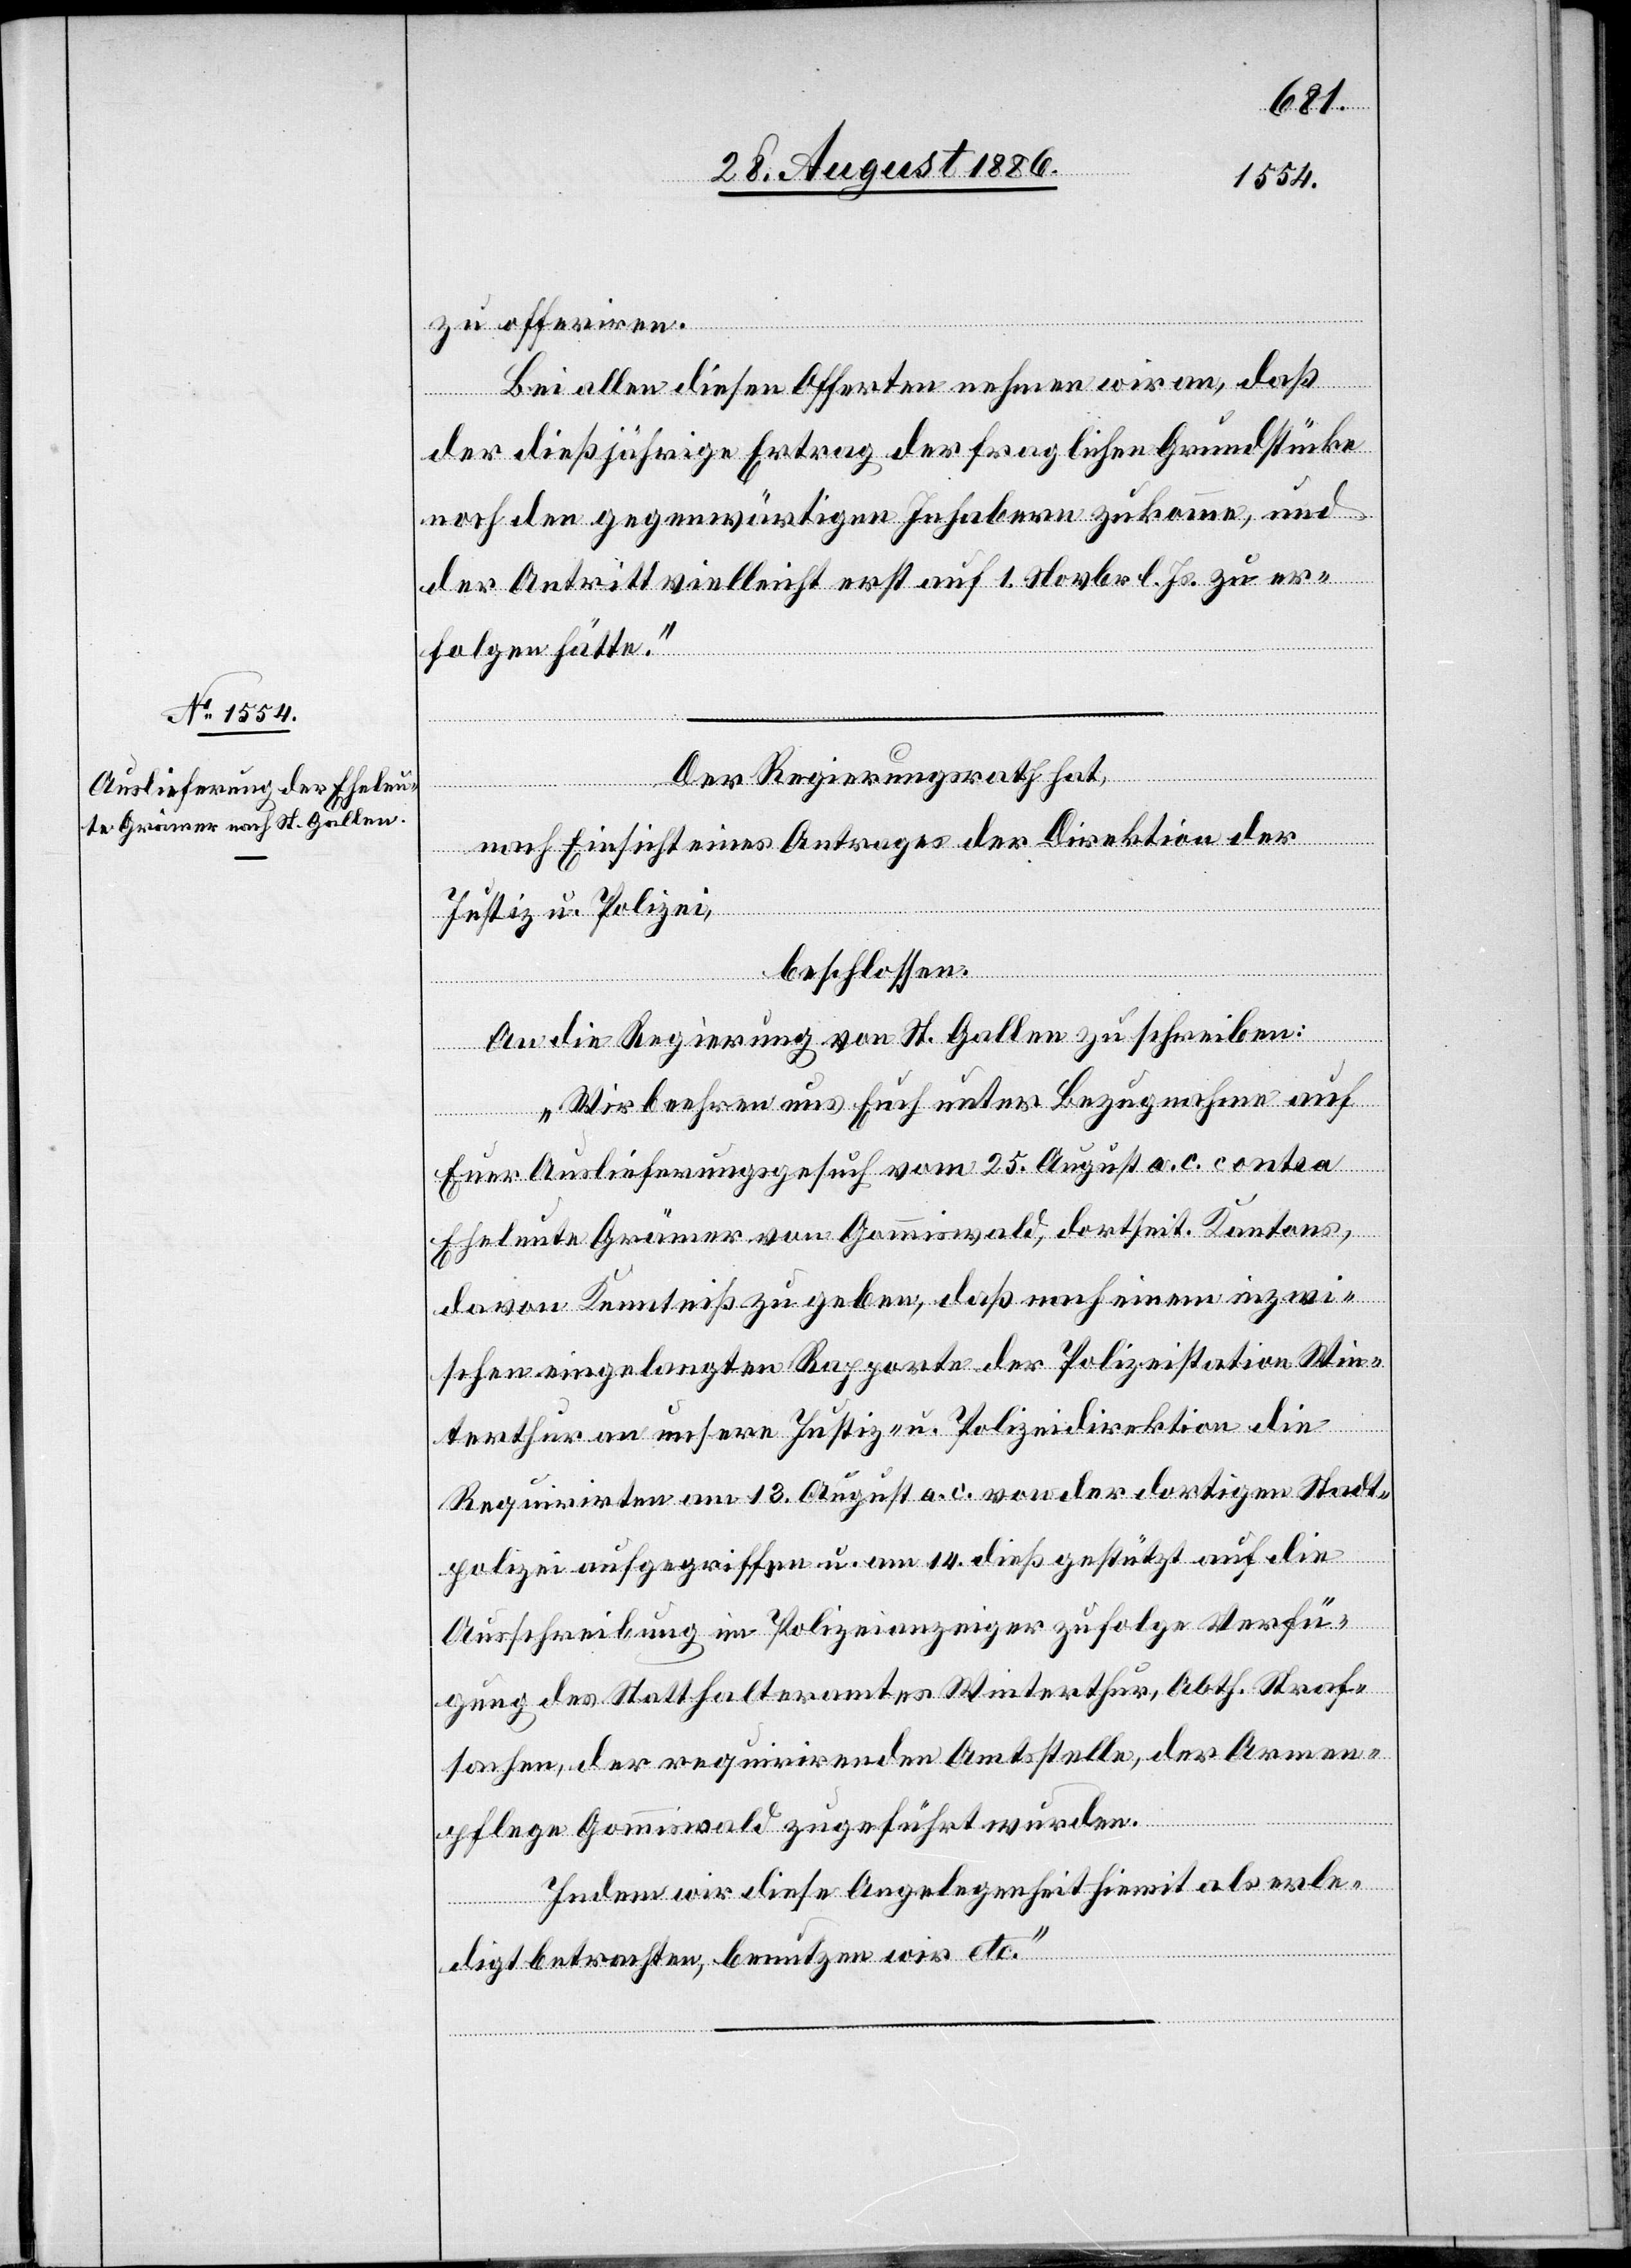
zu offeriren.
Bei allen diesen Offerten nehmen wir an, daß
der dießjährige Ertrag der fraglichen Grundstücke
noch den gegenwärtigen Inhabern zukomme, und
der Antritt vielleicht erst auf 1. Novbr. l. Js. zu er¬
folgen hätte.“
Der Regierungsrath hat,
nach Einsicht eines Antrages der Direktion der
Justiz u. Polizei,
beschlossen:
An die Regierung von St. Gallen zu schreiben:
„Wir beehren uns Euch unter Bezugnahme auf
Euer Auslieferungsgesuch vom 25. August a. c. contra
Eheleute Grämer von Gommiswald, dortseit. Kantons,
davon Kenntniß zu geben, daß nach einem inzwi¬
schen eingelangten Rapporte der Polizeistation Win¬
terthur an unsere Justiz- u. Polizeidirektion die
Requirirten am 13. August a. c. von der dortigen Stadt¬
polizei aufgegriffen u. am 14. dieß gestützt auf die
Ausschreibung im Polizeianzeiger zufolge der Verfü¬
gung des Statthalteramtes Winterthur, Abth. Straf¬
sachen, der requirirenden Amtsstelle, der Armen¬
pflege Gommiswald zugeführt wurden.
Indem wir diese Angelegenheit hiemit als erle¬
digt betrachten, benutzen wir etc.“